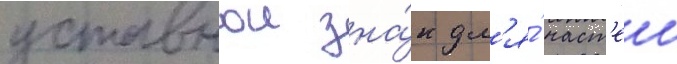
уставнои зна́к дл'я́ част'еи